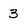
Character: 3